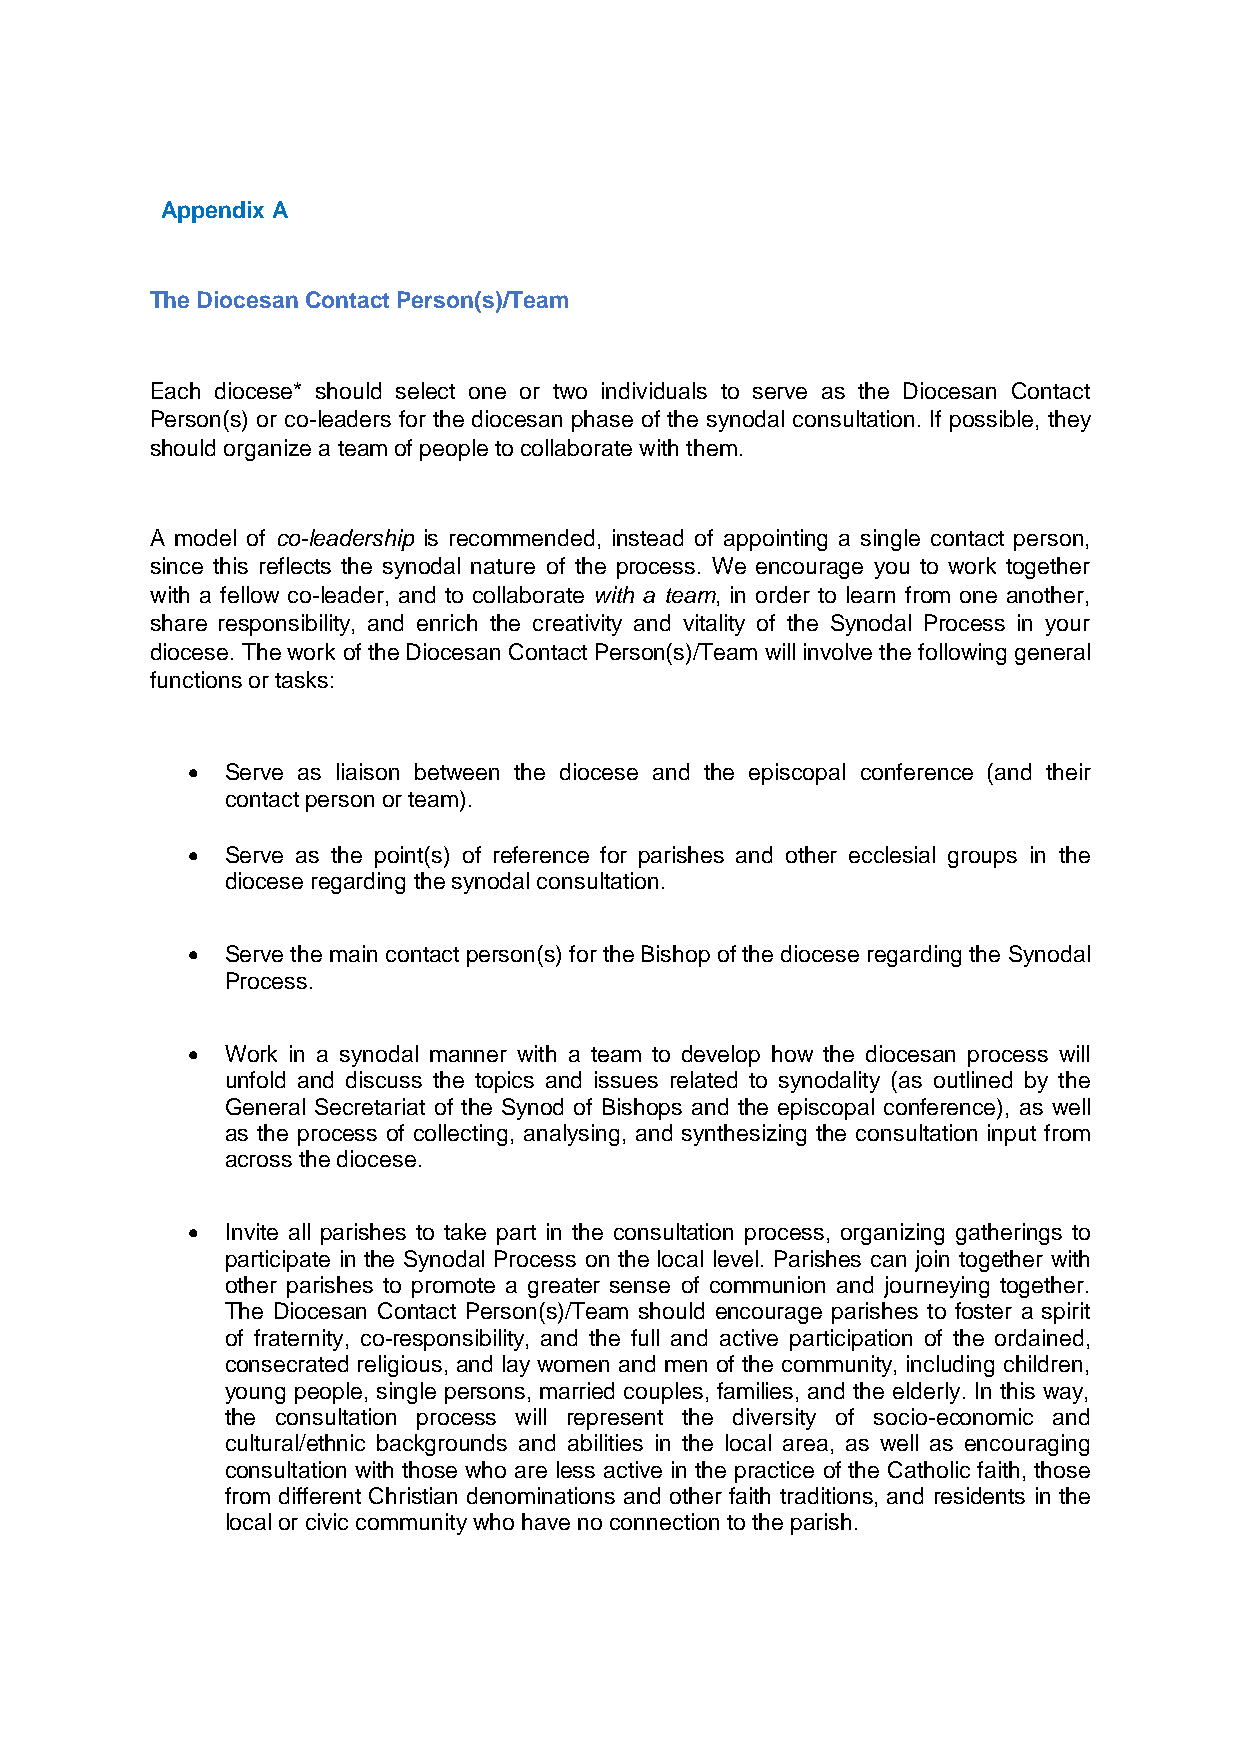
Appendix A
 The Diocesan Contact Person(s)/Team
 Each diocese* should select one or two individuals to serve as the Diocesan Contact
 Person(s) or co-leaders for the diocesan phase of the synodal consultation. If possible, they
 should organize a team of people to collaborate with them.
 A model of co-leadership is recommended, instead of appointing a single contact person,
 since this reflects the synodal nature of the process. We encourage you to work together
 with a fellow co-leader, and to collaborate with a team, in order to learn from one another,
 share responsibility, and enrich the creativity and vitality of the Synodal Process in your
 diocese. The work of the Diocesan Contact Person(s)/Team will involve the following general
 functions or tasks:
   Serve as liaison between the diocese and the episcopal conference (and their
 contact person or team).
   Serve as the point(s) of reference for parishes and other ecclesial groups in the
 diocese regarding the synodal consultation.
   Serve the main contact person(s) for the Bishop of the diocese regarding the Synodal
 Process.
   Work in a synodal manner with a team to develop how the diocesan process will
 unfold and discuss the topics and issues related to synodality (as outlined by the
 General Secretariat of the Synod of Bishops and the episcopal conference), as well
 as the process of collecting, analysing, and synthesizing the consultation input from
 across the diocese.
   Invite all parishes to take part in the consultation process, organizing gatherings to
 participate in the Synodal Process on the local level. Parishes can join together with
 other parishes to promote a greater sense of communion and journeying together.
 The Diocesan Contact Person(s)/Team should encourage parishes to foster a spirit
 of fraternity, co-responsibility, and the full and active participation of the ordained,
 consecrated religious, and lay women and men of the community, including children,
 young people, single persons, married couples, families, and the elderly. In this way,
 the consultation process will represent the diversity of socio-economic and
 cultural/ethnic backgrounds and abilities in the local area, as well as encouraging
 consultation with those who are less active in the practice of the Catholic faith, those
 from different Christian denominations and other faith traditions, and residents in the
 local or civic community who have no connection to the parish.